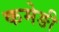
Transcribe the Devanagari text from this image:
कमेङी